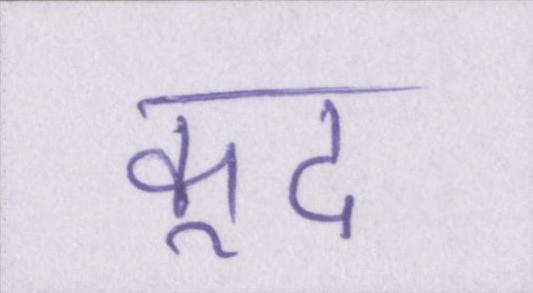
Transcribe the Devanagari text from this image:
कूद